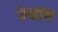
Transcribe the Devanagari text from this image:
केव्हांच